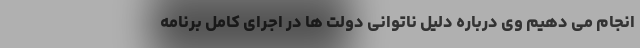
انجام می دهیم وی درباره دلیل ناتوانی دولت ها در اجرای کامل برنامه